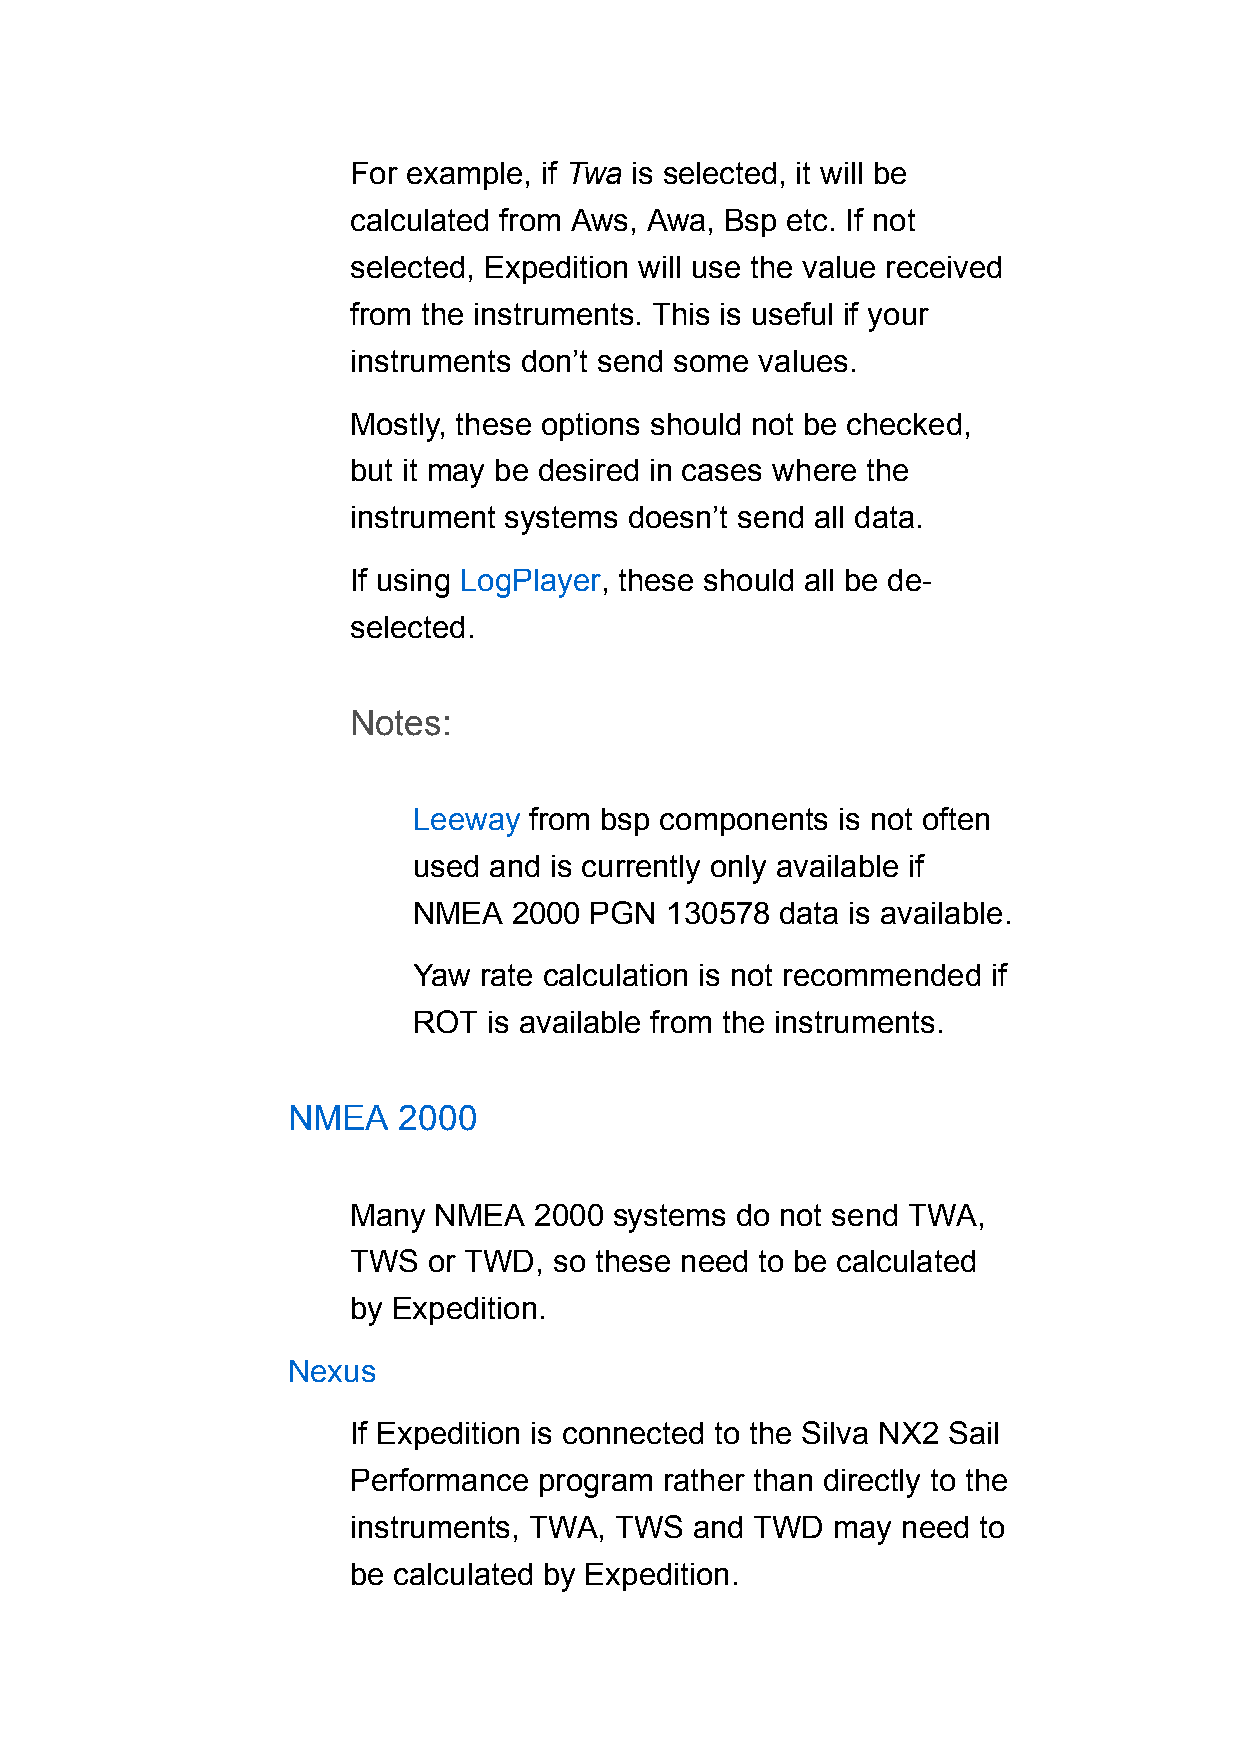
For example, if Twa is selected, it will be
 calculated from Aws, Awa, Bsp etc. If not
 selected, Expedition will use the value received
 from the instruments. This is useful if your
 instruments don’t send some values.
 Mostly, these options should not be checked,
 but it may be desired in cases where the
 instrument systems doesn’t send all data.
 If using LogPlayer, these should all be de-
 selected.
 Notes:
 Leeway  from bsp components  is not often
 used and is currently only available if
 NMEA   2000 PGN  130578  data is available.
 Yaw  rate calculation is not recommended if
 ROT  is available from the instruments.
 NMEA   2000
 Many  NMEA  2000  systems do not send TWA,
 TWS  or TWD,  so these need to be calculated
 by Expedition.
 Nexus
 If Expedition is connected to the Silva NX2 Sail
 Performance  program rather than directly to the
 instruments, TWA, TWS  and TWD  may  need to
 be calculated by Expedition.